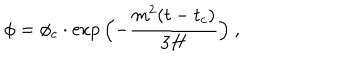
LaTeX: \phi = \phi _ { c } \cdot \exp { \Bigl ( - { \frac { m ^ { 2 } ( t - t _ { c } ) } { 3 H } } \Bigr ) } \ ,